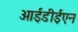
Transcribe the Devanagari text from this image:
आईडीईएन